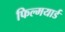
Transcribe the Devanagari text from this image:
फिल्मयार्ड